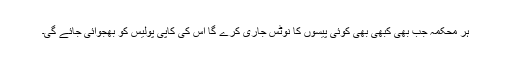
ہر محکمہ جب بھی کبھی بھی کوئی پیسوں کا نوٹس جاری کرے گا اس کی کاپی پولیس کو بھجوائی جائے گی۔